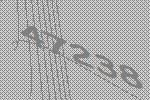
47238